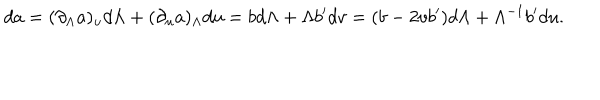
d a = ( \partial _ { \Lambda } a ) _ { u } d \Lambda + ( \partial _ { u } a ) _ { \Lambda } d u = b d \Lambda + \Lambda b ^ { \prime } d v = ( b - 2 v b ^ { \prime } ) d \Lambda + \Lambda ^ { - 1 } b ^ { \prime } d u .